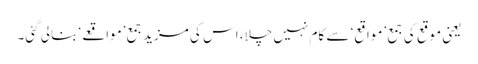
یعنی موقع کی جمع ’مواقع‘ سے کام نہیں چلا، اس کی مزید جمع ’مواقعے‘ بنالی گئی۔